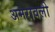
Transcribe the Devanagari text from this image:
अमरावली